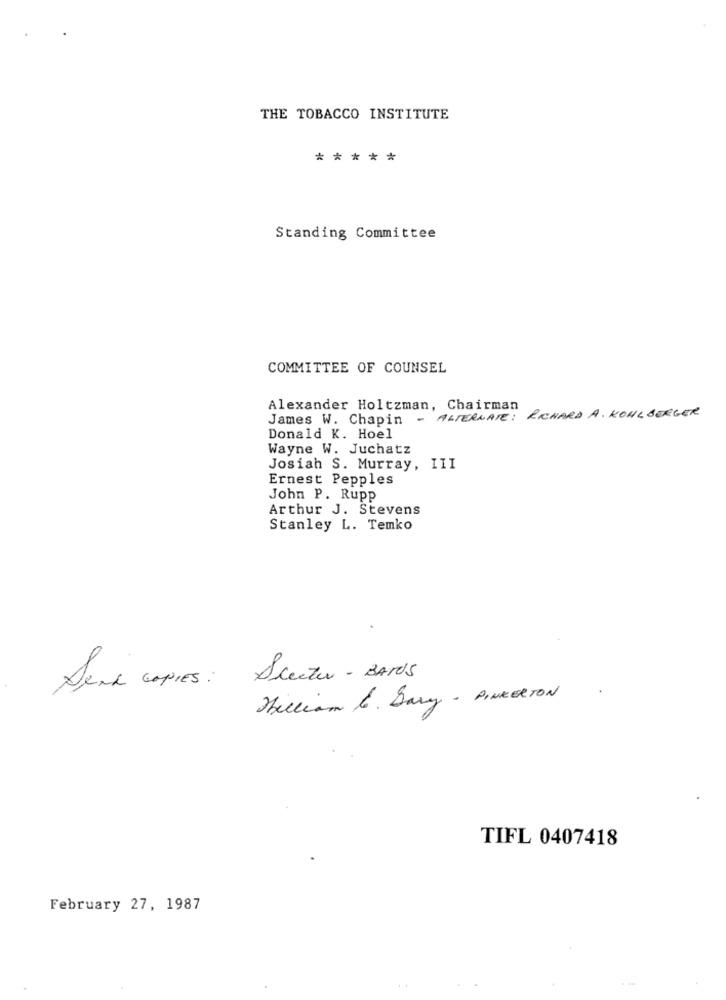
THE TOBACCO INSTITUTE
*****
Standing Committee
COMMITTEE OF COUNSEL
Alexander Holtzman, Chairman
James W. Chapin - ALTERNATE: RICHARD A. KOHLBERGER
Donald K. Hoel
Wayne W. Juchatz
Josiah S. Murray, III
Ernest Pepples
John P. Rupp
Arthur J. Stevens
Stanley L. Temko
Sieeter - BAMOS
Send copies :
Diccion 6. Dary - PINKERTON
TIFL 0407418
February 27, 1987